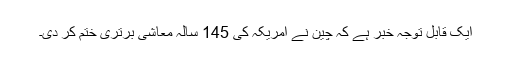
ایک قابل توجہ خبر ہے کہ چین نے امریکہ کی 145 سالہ معاشی برتری ختم کر دی۔